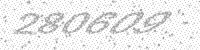
Solution: 280609